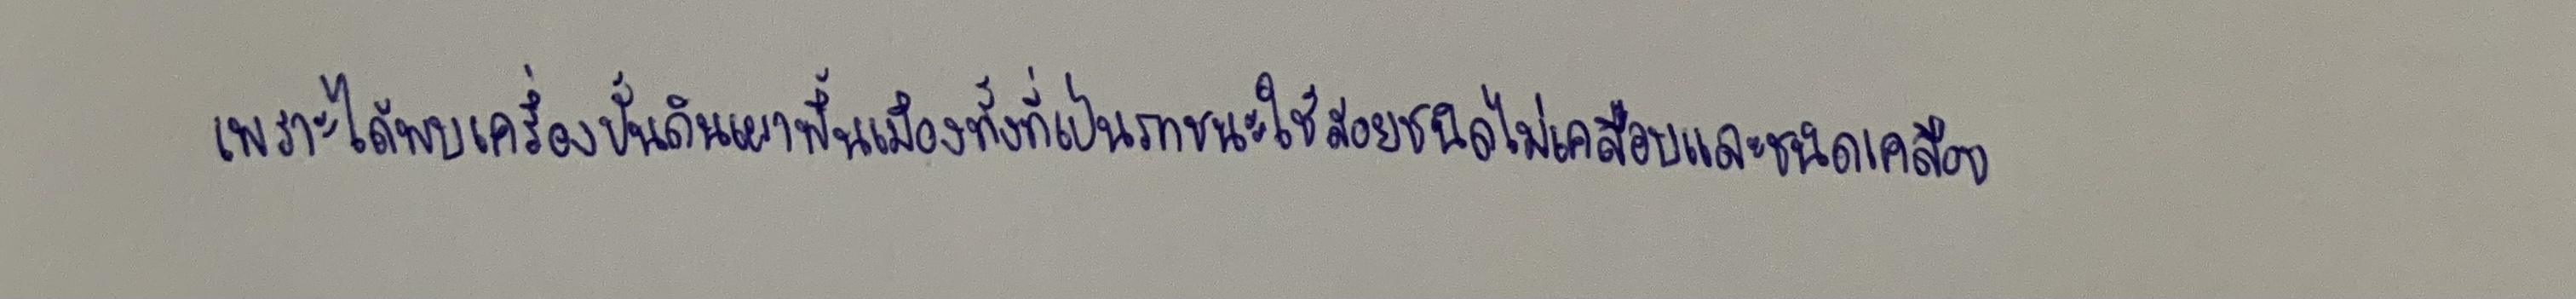
เพราะได้พบเครื่องปั้นดินเผาพื้นเมืองทั้งที่เป็นภาชนะใช้สอยชนิดไม่เคลือบและชนิดเคลือบ